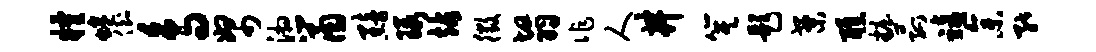
粮蜷倒鸟帑湘鼠黯瑕站徵翳作人井箕题案醮妆菰禧参能